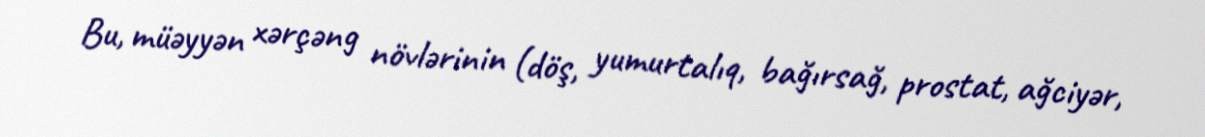
Bu, müəyyən xərçəng növlərinin (döş, yumurtalıq, bağırsağ, prostat, ağciyər,